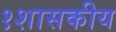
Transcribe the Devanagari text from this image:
१शासकीय